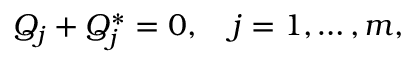
Q _ { j } + Q _ { j } ^ { * } = 0 , \quad j = 1 , \ldots , m ,